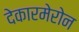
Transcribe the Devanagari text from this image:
देकारमेरोन